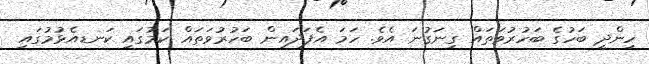
ހިންދީ ބަހުގެ ބަހުރުވަތައް ގިނަގުނަ އެވެ. ހަމަ އެފަދައިން ބަހުރުވަތައް ކަމުގައި ކަނޑއެޅުމުގައި